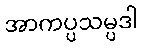
အာကပ္ပသမ္ပဒါ